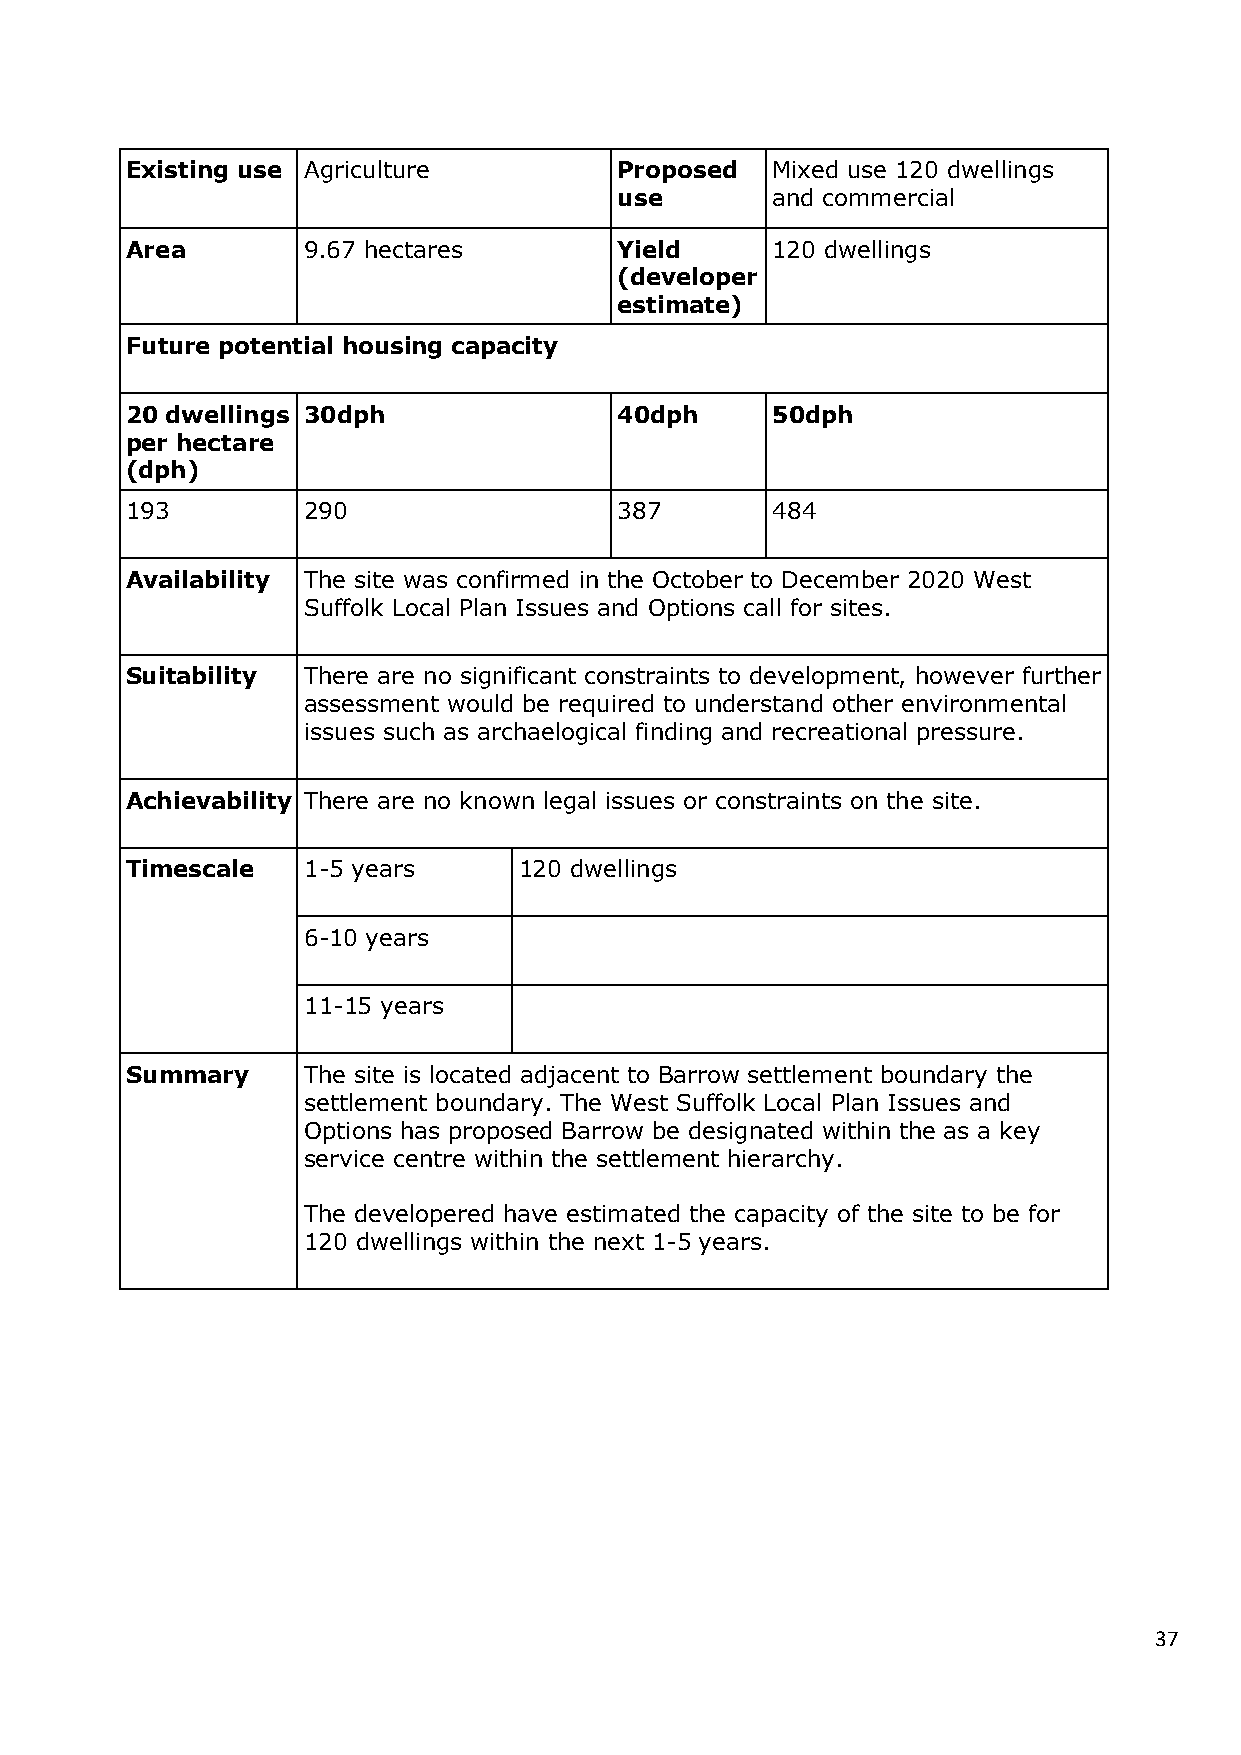
Existing use Agriculture         Proposed  Mixed use 120 dwellings
 use       and commercial
 Area        9.67 hectares        Yield     120 dwellings
 (developer
 estimate)
 Future potential housing capacity
 20 dwellings 30dph               40dph     50dph
 per hectare
 (dph)
 193         290                  387       484
 Availability The site was confirmed in the October to December 2020 West
 Suffolk Local Plan Issues and Options call for sites.
 Suitability There are no significant constraints to development, however further
 assessment would be required to understand other environmental
 issues such as archaelogical finding and recreational pressure.
 Achievability There are no known legal issues or constraints on the site.
 Timescale   1-5 years     120 dwellings
 6-10 years
 11-15 years
 Summary     The site is located adjacent to Barrow settlement boundary the
 settlement boundary. The West Suffolk Local Plan Issues and
 Options has proposed Barrow be designated within the as a key
 service centre within the settlement hierarchy.
 The developered have estimated the capacity of the site to be for
 120 dwellings within the next 1-5 years.
 37